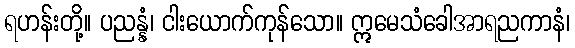
ရဟန်းတို့။ ပညန္နံ၊ ငါးယောက်ကုန်သော။ ဣမေသံခေါအာရညကာနံ၊